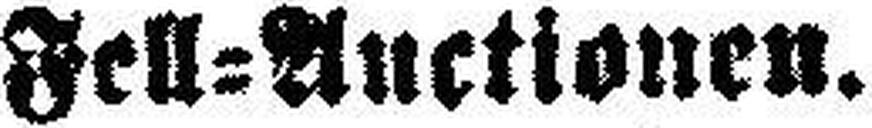
Fell=Auctionen.